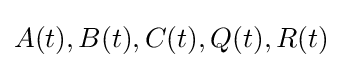
{\mathbf {} }A(t),B(t),C(t),Q(t),R(t)